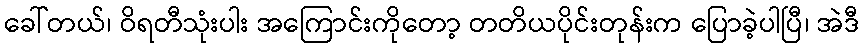
ခေါ်တယ်၊ ဝိရတီသုံးပါး အကြောင်းကိုတော့ တတိယပိုင်းတုန်းက ပြောခဲ့ပါပြီ၊ အဲဒီ